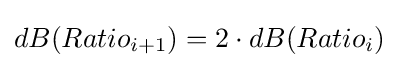
dB(Ratio_{i+1})=2\cdot dB(Ratio_{i})